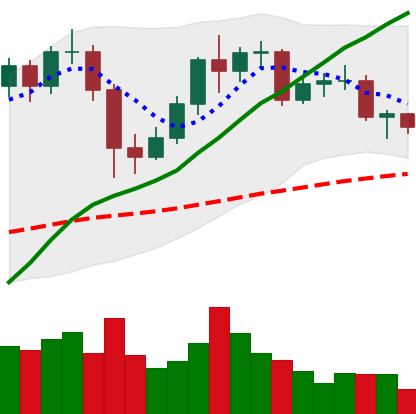
Ticker: LTC-USD
Chart end date: 2020-12-10
Forward return: 8.781%
Label: up_7plus